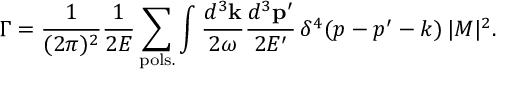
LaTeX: \Gamma = \frac { 1 } { ( 2 \pi ) ^ { 2 } } \frac { 1 } { 2 E } \sum _ { \mathrm { p o l s . } } \int \frac { d ^ { 3 } { \bf k } } { 2 \omega } \frac { d ^ { 3 } { \bf p } ^ { \prime } } { 2 E ^ { \prime } } \, \delta ^ { 4 } ( p - p ^ { \prime } - k ) \, | { \cal M } | ^ { 2 } .